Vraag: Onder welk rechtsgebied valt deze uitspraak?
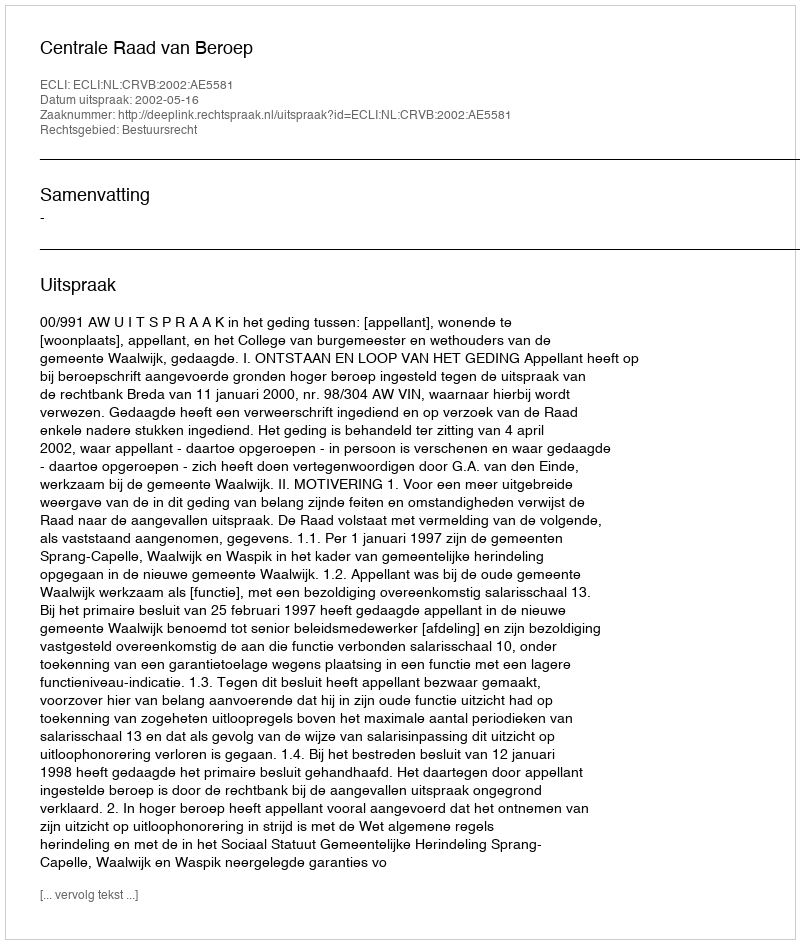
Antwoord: Bestuursrecht